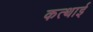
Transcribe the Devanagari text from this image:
कत्थाई